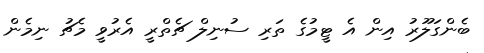
ބެންގަލޫރު އިން އެ ޓީމުގެ ތަރި ސުނިލް ޗެތްރީ އެރުވީ މެޗު ނިމެން